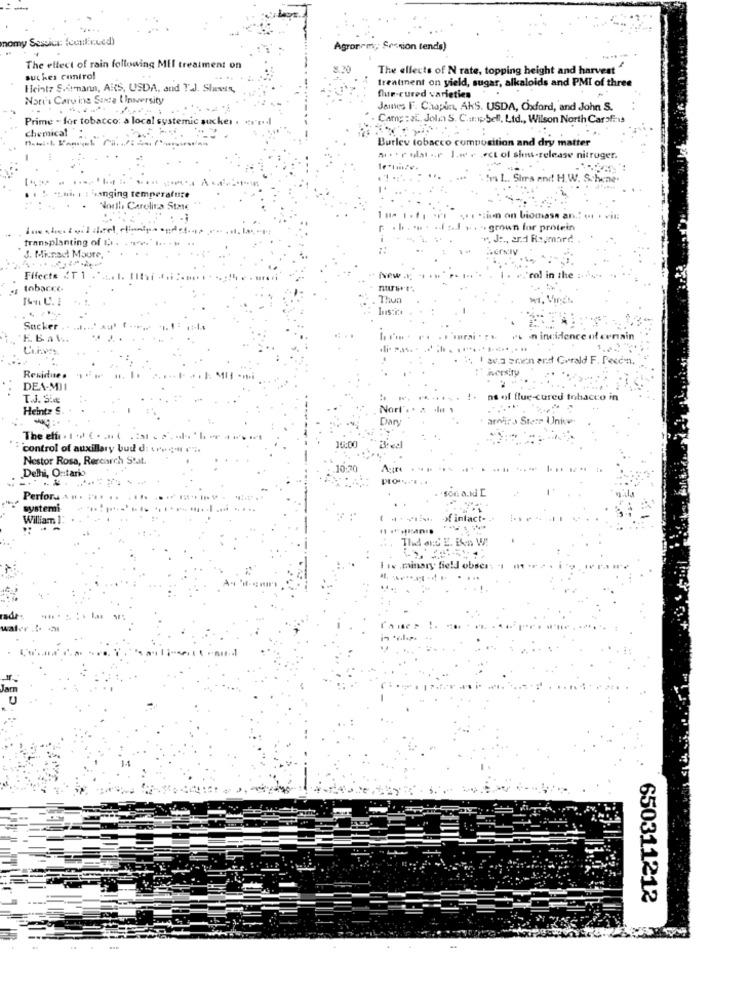
mamy Sessica: (continued)
Agronrm, Cration tends)
The effect of rain following Mil treatment on
The ellects of N rate, topping height and harvest"
suches control
treatinent on yield, sugar, alkaloids and PMI of three
Heintz Simmann, ARS, USDA, and T.J. Shevis
flur-cured varieties
Nort's Carving Sente IInsvers
James FF. Chaplet, AKS. USDA, Oxford, and John S.
Prime - for tobacco: a local systemic sucker . rr .. I
Camp : 2. Jolan S. C.ampSell, Ltd ., Wilson North Carof
chemical :
Burley tobacco composition and dry matter
a.or ulat .. r. l.w. . . ect ol sinus-release nitruger.
Im L .. Sires end! H.W. Schene
: hanging temperature
Noelle Carolina State
:iun on biomas
grown for protein
transplanting of
". J :., ard Ropmord
S. Minad Moure,
Fifecte CT 1
New #:
1 . .. "rol in the ;..
tobacce-
Thun
.
Sucker
EBAw.
. I'mrai . . ..
dience
ceriain
*... .............
.. I ava arien and Gerald F. Pecen.
iversity
Residue .
DEA-MII
T.J. Sim
ared fr
acco in
Heintz &
Nort' ..
Dary
The elu
control of auxillary bud d: ver - c' :,
Nestor Rosa, Research Stat.
Delhi, Ontario
PION
Perfora
systemi
William 1:
nlact-
The att
.. . minary field
Jarn
650311212